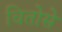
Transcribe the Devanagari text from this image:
चितोसे